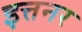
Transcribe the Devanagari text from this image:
इत्तनर